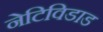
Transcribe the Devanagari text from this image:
नेटिविडाड